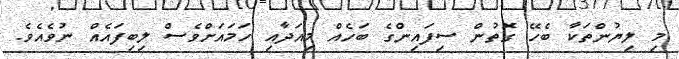
މި ލިޔުންތަކާ ބެހޭ ގޮތުން ސިފައިންގެ ބަހެއް މިއަދާއި ހަމައަށްވެސް ލިބިފައެއް ނުވެއެވެ.